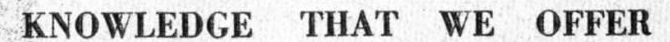
KNOWLEDGE THAT WE OFFER